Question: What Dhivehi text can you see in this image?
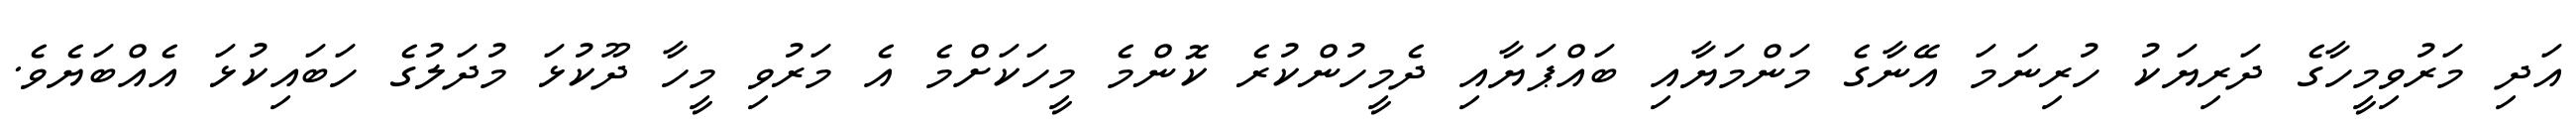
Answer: އަދި މަރުވިމީހާގެ ދަރިޔަކު ހުރިނަމަ އޭނާގެ މަންމަޔާއި ބައްޕަޔާއި ދެމީހުންކުރެ ކޮންމެ މީހަކަށްމެ އެ މަރުވި މީހާ ދޫކުޅަ މުދަލުގެ ހަބައިކުޅަ އެއްބަޔެވެ.